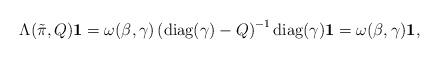
LaTeX: \begin{align*}\Lambda(\tilde{\pi},Q) {\bf 1} = \omega(\beta,\gamma)\left( \mbox{diag}(\gamma) - Q \right)^{-1} \mbox{diag}(\gamma) {\bf 1} = \omega(\beta,\gamma) {\bf 1}, \end{align*}